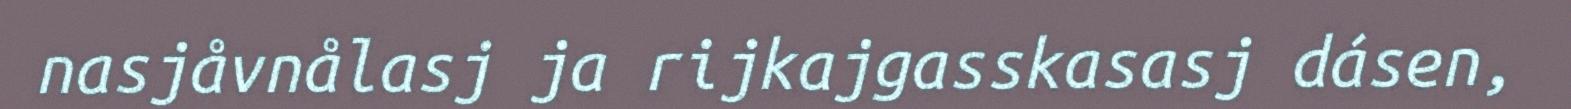
nasjåvnålasj ja rijkajgasskasasj dásen,